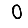
Digit: 0